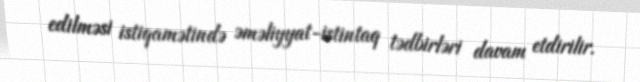
edilməsi istiqamətində əməliyyat-istintaq tədbirləri davam etdirilir.